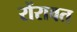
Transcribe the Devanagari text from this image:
रोंरावत